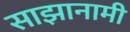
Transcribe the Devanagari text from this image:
साझानामी